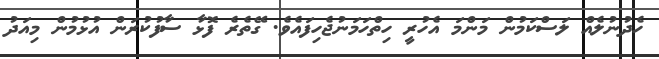
ހެދުނުލެއް ލަސްކަމުން މަންމަ އެހުރީ ހިތްހަމަނުޖެހިފައެވެ. ގޭތެރެ ފޮޅާ ސާފުކުރަން އުޅުމުން މިއަދު